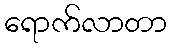
ရောက်လာတာ